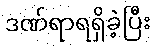
ဒဏ်ရာရရှိခဲ့ပြီး